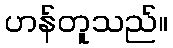
ဟန်တူသည်။